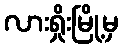
လားရှိုးမြို့မှ